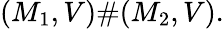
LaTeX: (M_{1},V)\# (M_{2},V).